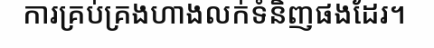
ការគ្រប់គ្រងហាងលក់ទំនិញផងដែរ។